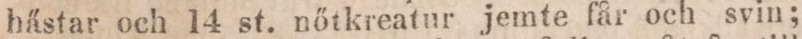
hästar och 14 st. nőtkreatur jemte får och svin;